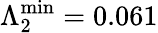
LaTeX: \Lambda_{2}^{\mathrm{min}}=0.061